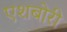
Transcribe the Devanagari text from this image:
एशबोरी